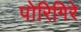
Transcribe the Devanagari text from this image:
पोरिगिरे